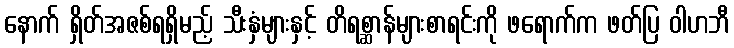
နောက် ရှိတ်အဇစ်ရရှိမည့် သီးနှံများနှင့် တိရစ္ဆာန်များစာရင်းကို ဖရောက်က ဖတ်ပြ ဝါဟဘီ